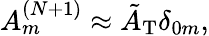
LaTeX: A_{m}^{(N+1)}\approx\tilde{A}_{\mathrm{T}}\delta_{0m},